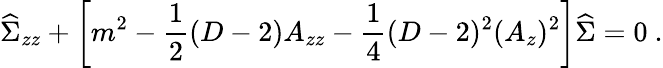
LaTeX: {\widehat\Sigma}_{zz}+\left[m^{2}-{\frac{1}{2}}(D-2)A_{zz}-{\frac{1}{4}}(D-2)^{2}(A_{z})^{2}\right]{\widehat\Sigma}=0~.